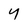
Character: y